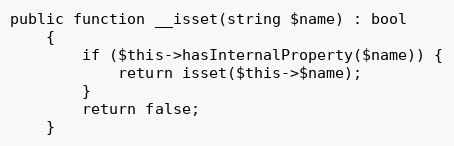
Language: PHP
public function __isset(string $name) : bool
    {
        if ($this->hasInternalProperty($name)) {
            return isset($this->$name);
        }
        return false;
    }